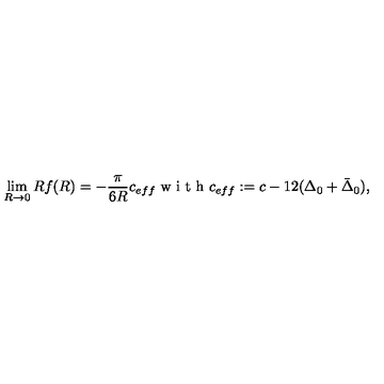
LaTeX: \lim _ { R \rightarrow 0 } R f ( R ) = - \frac { \pi } { 6 R } c _ { e f f } \textnormal { w i t h } c _ { e f f } : = c - 1 2 ( \Delta _ { 0 } + \bar { \Delta } _ { 0 } ) ,